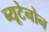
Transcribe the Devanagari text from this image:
ब्यूटेनोन